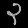
Digit: ၃